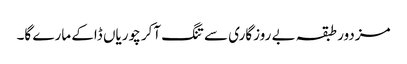
مزدور طبقہ بے روزگاری سے تنگ آکر چوریاں ڈاکے مارے گا۔